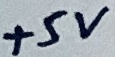
Text: +5V